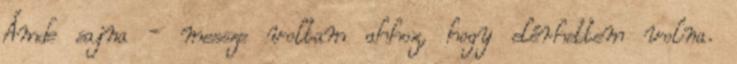
Ámde sajna - messze voltam ahhoz, hogy elérhettem volna.